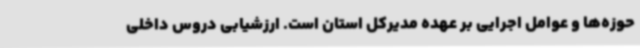
حوزه‌ها و عوامل اجرایی بر عهده مدیرکل استان است. ارزشیابی دروس داخلی